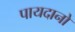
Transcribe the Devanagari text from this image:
पायदानो